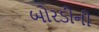
બોરડીની